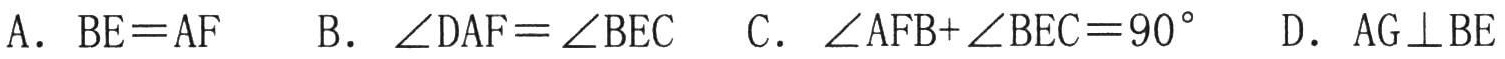
A. \(BE = AF\)  B. \(\angle DAF=\angle BEC\)  C. \(\angle AFB+\angle BEC = 90^{\circ}\)  D. \(AG\perp BE\)